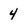
Character: 4